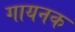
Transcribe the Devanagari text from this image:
गायनक